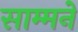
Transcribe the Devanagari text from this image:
साम्मने